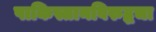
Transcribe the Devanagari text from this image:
पाकिस्तानविरुद्धचा